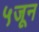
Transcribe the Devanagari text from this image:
५जून